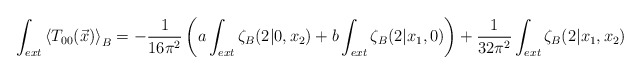
\begin{align*}\int_{ext} \left<T_{00}(\vec{x})\right>_B = -\frac1{16\pi^2}\left(a\int_{ext}\zeta_B(2|0,x_2) + b\int_{ext}\zeta_B(2|x_1,0)\right) +\frac1{32\pi^2}\int_{ext}\zeta_B(2|x_1,x_2)\end{align*}